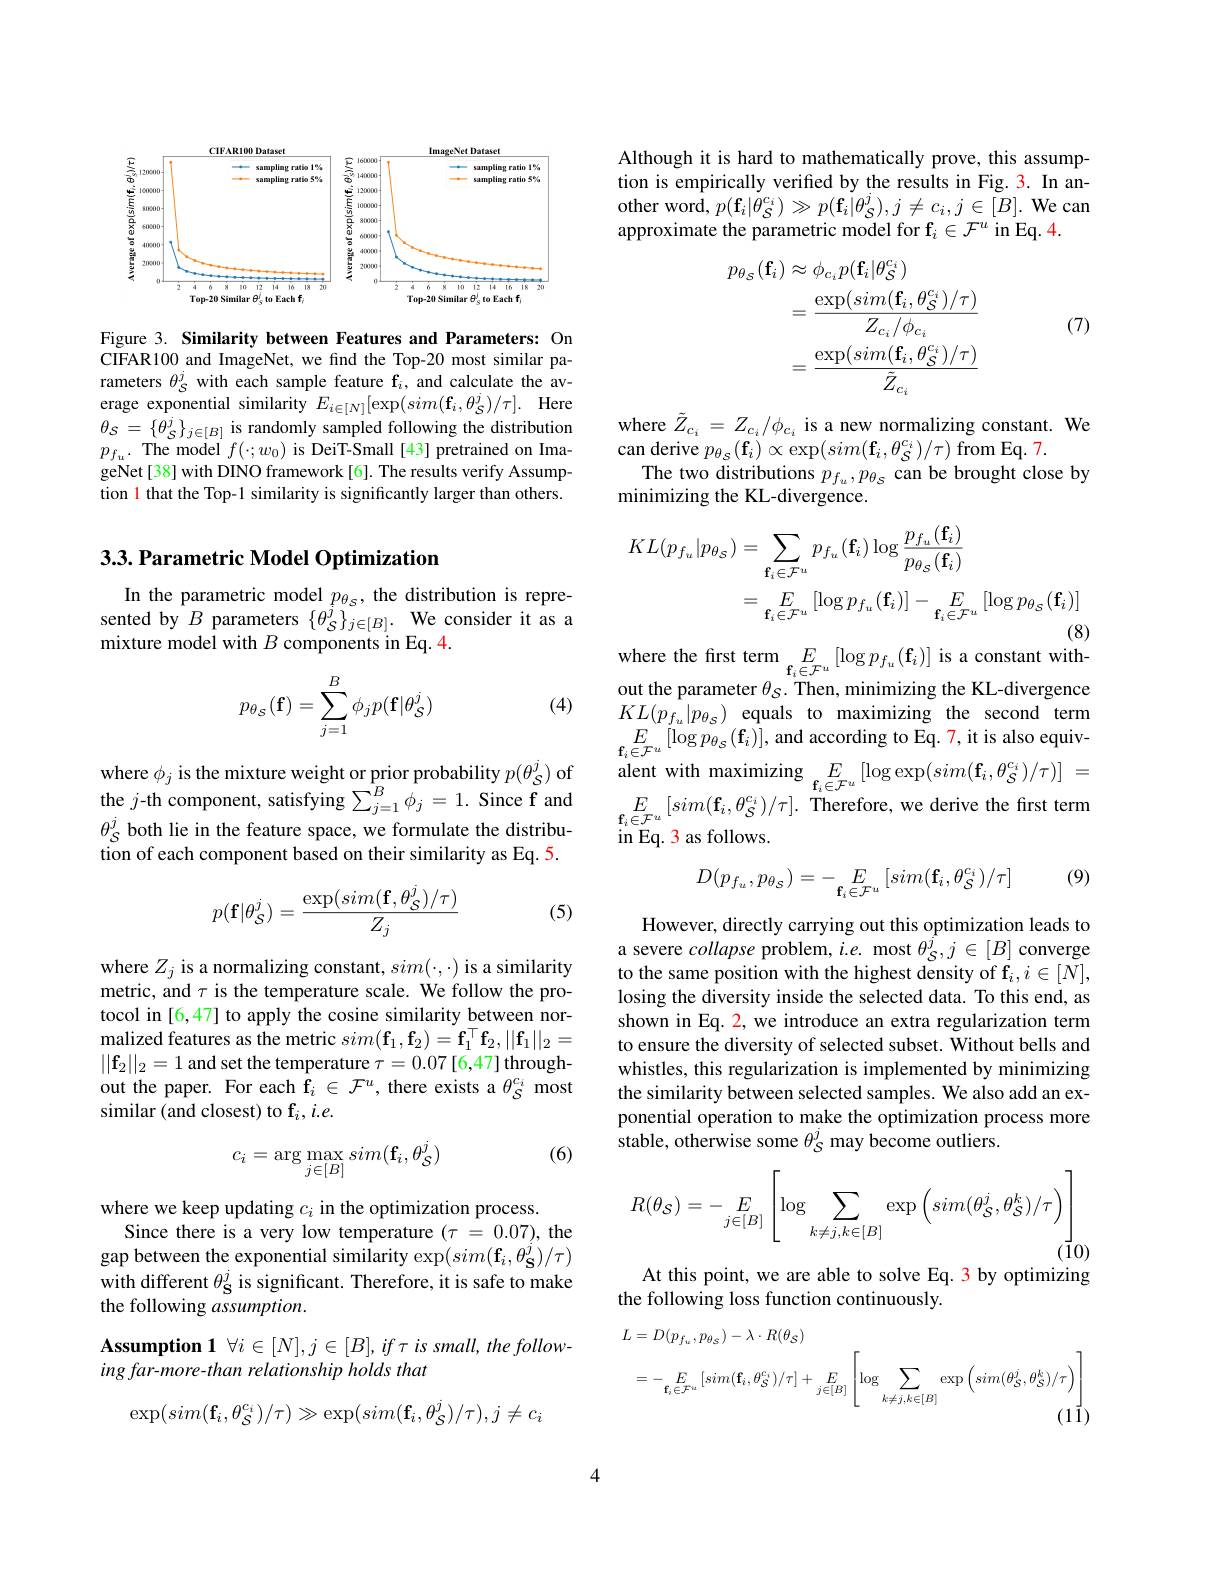
<FigureHere>

Figure 3. Similarity between Features and Parameters: On CIFAR100 and ImageNet, we find the Top-20 most similar parameters $\theta_S^j$ with each sample feature f$_i$, and calculate the average exponential similarity $E_{i\in [ N] }[ \exp ( sim( \mathbf{f} _{i}, \theta _{\mathcal{S} }^{j}) / \tau ] .$ Here $\theta _{\mathcal{S} }= \{ \theta _{\mathcal{S} }^{j}\} _{j\in [ B] }$ is randomly sampled following the distribution $p_{f_u}.$ The model $f( \cdot ; w_0)$ is DeiT- Small [ 43] pretrained on ImageNet[38] with DINO framework[6]. The results verify Assumption l that the Top-1 similarity is significantly larger than others.

### $3. 3. \textbf{Parametric Model Optimization}$

In the parametric model $p_{\theta_{S}}$, the distribution is represented by $B$ parameters $\{\theta_{\mathcal{S}}^{\tilde{j}}\}_{j\in[B]}.$ We consider it as a mixture model with $B$ components in Eq.4.

(4)
$$p_{\theta_{\mathcal{S}}}(\mathbf{f})=\sum_{j=1}^{B}\phi_{j}p(\mathbf{f}|\theta_{\mathcal{S}}^{j})$$
where $\phi_j$ is the mixture weight or prior probability $p(\theta_{\mathcal{S}}^{j})$ of the $j$-th component, satisfying $\sum_j=1^B\phi_j=1.$ Since f and $\theta_{S}^{j}$ both lie in the feature space, we formulate the distribution of each component based on their similarity as Eq. 5.
$$p(\mathbf{f}|\theta_{\mathcal{S}}^j)=\frac{\exp(sim(\mathbf{f},\theta_{\mathcal{S}}^j)/\tau)}{Z_j}$$
(5)

where $Z_j$ is a normalizing constant, $sim(\cdot,\cdot)$ is a similarity metric, and $\tau$ is the temperature scale. We follow the protocol in [6,47] to apply the cosine similarity between normalized features as the metric $sim(\mathbf{f}_1,\mathbf{f}_2)=\mathbf{f}_1^\top\mathbf{f}_2,||\mathbf{f}_1||_2=$ $||\mathbf{f}_2||_2=1$ and set the temperature $\tau=0.07[6,47]$ through- $\begin{array}{l}\text{out the paper. For each f}_{i}\in\mathcal{F}^{u},\mathrm{~there~exists~a~}\theta_{S}^{c_{i}}\mathrm{~most}\\\text{similar (and closest) to f}_{i},i.e.\end{array}$

(6)
$$c_i=\arg\max_{j\in[B]}sim(\mathbf{f}_i,\theta_{\mathcal{S}}^j)$$
where we keep updating $c_i$ in the optimization process.
Since there is a very low temperature $( \tau$ = 0.07), the gap between the exponential similarity $\exp(sim(\mathbf{f}_{i},\theta_{\mathbf{S}}^{j})/\tau)$ with different $\theta_{\mathbf{S}}^{j}$ is significant. Therefore, it is safe to make the following $assumption.$
$\textbf{Assumption 1}\forall i\in [ N] , j\in [ B] , if\tau is small, the follow-$
ing far- more- than relations hip holds that
$$\exp(sim(\mathbf{f}_i,\theta_\mathcal{S}^{c_i})/\tau)\gg\exp(sim(\mathbf{f}_i,\theta_\mathcal{S}^j)/\tau),j\neq c_i$$
Although it is hard to mathematically prove, this assumption is empirically verified by the results in Fig.3. In an- $\begin{array}{l}{{\mathrm{other~word,~}p(\mathbf{f}_{i}|\dot{\theta}_{S}^{c_{i}})\gg p(\mathbf{f}_{i}|\theta_{\mathcal{S}}^{j}),j\neq c_{i},j\in[B].\mathrm{~We~can}}\\{{\mathrm{approximate~the~parametric~model~for~f}_{i}\in\mathcal{F}^{u}\mathrm{~in~Eq.~4.}}\end{array}}\\{{\mathrm{approximate~the~parametric~model~for~f}_{i}\in\mathcal{F}^{u}\mathrm{~in~Eq.~4.}}}\\{{\mathrm{approximate~$
$$\begin{aligned}p_{\theta_{\mathcal{S}}}(\mathbf{f}_{i})&\approx\phi_{c_{i}}p(\mathbf{f}_{i}|\theta_{\mathcal{S}}^{c_{i}})\\&=\frac{\exp(sim(\mathbf{f}_{i},\theta_{\mathcal{S}}^{c_{i}})/\tau)}{Z_{c_{i}}/\phi_{c_{i}}}\\&=\frac{\exp(sim(\mathbf{f}_{i},\theta_{\mathcal{S}}^{c_{i}})/\tau)}{\tilde{Z}_{c_{i}}}\end{aligned}$$
(7)

where $\tilde{Z}_{c_i}=Z_{c_i}/\phi_{c_i}$ is a new normalizing constant. We can derive $p_{\theta_{s}}(\mathbf{f}_{i})\propto\exp(sim(\mathbf{f}_{i},\theta_{\mathcal{S}}^{c_{i}})/\tau)$ from Eq.7.The two distributions $p_{f_{u}},p_{\theta_{\mathcal{S}}}$ can be brought close by minimizing the KL-divergence.
$$\begin{aligned}KL(p_{f_{u}}|p_{\theta_{\mathcal{S}}})&=\sum_{\mathbf{f}_{i}\in\mathcal{F}^{u}}p_{f_{u}}(\mathbf{f}_{i})\log\frac{p_{f_{u}}(\mathbf{f}_{i})}{p_{\theta_{\mathcal{S}}}(\mathbf{f}_{i})}\\&=\sum_{\mathbf{f}_{i}\in\mathcal{F}^{u}}\left[\log p_{f_{u}}(\mathbf{f}_{i})\right]-\sum_{\mathbf{f}_{i}\in\mathcal{F}^{u}}\left[\log p_{\theta_{\mathcal{S}}}(\mathbf{f}_{i})\right]\\&\text{(8)}\end{aligned}$$
where the first term$\underset{\mathbf{f}_i\in\mathcal{F}^u}E\left[\log p_{f_u}(\mathbf{f}_i)\right]$is a constant with-

out the parameter $\theta_S.$ Then, minimizing the KL-divergence $KL(p_{f_{u}}|p_{\theta_{\mathcal{S}}})$ equals to maximizing the second term $E_{\mathbf{f}_i\in\mathcal{F}^u}[\log p_{\theta_S}(\mathbf{f}_i)]$,and according to Eq.7,it is also equivalent with maximizing $E_{\mathbf{f}_i\in\mathcal{F}^u}\left[\log\exp(sim(\mathbf{f}_i,\theta_S^{c_i})/\tau)\right]=$ $E_{\mathbf{f}_i\in\mathcal{F}^u}[sim(\mathbf{f}_i,\theta_{\mathcal{S}}^{c_i})/\tau].$ Therefore, we derive the first term $\operatorname{in}$Eq. 3 as follows.

(9)
$$D(p_{f_{u}},p_{\theta_{\mathcal{S}}})=-\underset{\mathbf{f}_{i}\in\mathcal{F}^{u}}{E}\:[sim(\mathbf{f}_{i},\theta_{\mathcal{S}}^{c_{i}})/\tau]$$
However, directly carrying out this optimization leads to a severe collapse problem, $i.e.$ most $\theta_{\mathcal{S}}^{\hat{j}},j\in[B]$ converge to the same position with the highest density of f$\mathrm f_i,i\in[N]$, losing the diversity inside the selected data. To this end, as shown in Eq. 2, we introduce an extra regularization term to ensure the diversity of selected subset. Without bells and whistles, this regularization is implemented by minimizing the similarity between selected samples. We also add an exponential operation to make the optimization process more $\hat{\text{stable, otherwise some }\theta_{\mathcal{S}}^{j}}$ may become outliers.
$$R(\theta_{\mathcal{S}})=-\sum\limits_{j\in[B]}\left[\log\sum\limits_{k\neq j,k\in[B]}\exp\left(sim(\theta_{\mathcal{S}}^{j},\theta_{\mathcal{S}}^{k})/\tau\right)\right]$$
At this point, we are able to solve Eq. 3 by optimizing

the following loss function continuously.
$$\begin{aligned}\text{L}&=D(p_{f_{u}},p_{\theta_{\mathcal{S}}})-\lambda\cdot R(\theta_{\mathcal{S}})\\&=-\:E_{\mathbf{f}_{i}\in\mathcal{F}^{u}}\left[sim(\mathbf{f}_{i},\theta_{\mathcal{S}}^{c_{i}})/\tau\right]+E_{j\in[B]}\left[\log\sum_{k\neq j,k\in[B]}\exp\left(sim(\theta_{\mathcal{S}}^{j},\theta_{\mathcal{S}}^{k})/\tau\right)\right]\end{aligned}$$
4